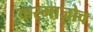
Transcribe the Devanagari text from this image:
करमाजोव